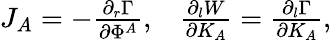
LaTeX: \begin{array}{ll}{{J_{A}=-{\frac{\partial_{r}\Gamma}{\partial\Phi^{A}}},}}&{{{\frac{\partial_{l}W}{\partial K_{A}}}={\frac{\partial_{l}\Gamma}{\partial K_{A}}},}}\end{array}